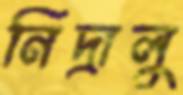
নিদ্রালু